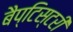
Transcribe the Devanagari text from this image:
बैप्टिस्टरी